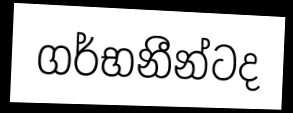
ගර්භනීන්ටද